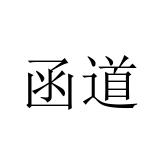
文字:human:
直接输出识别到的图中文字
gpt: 函道